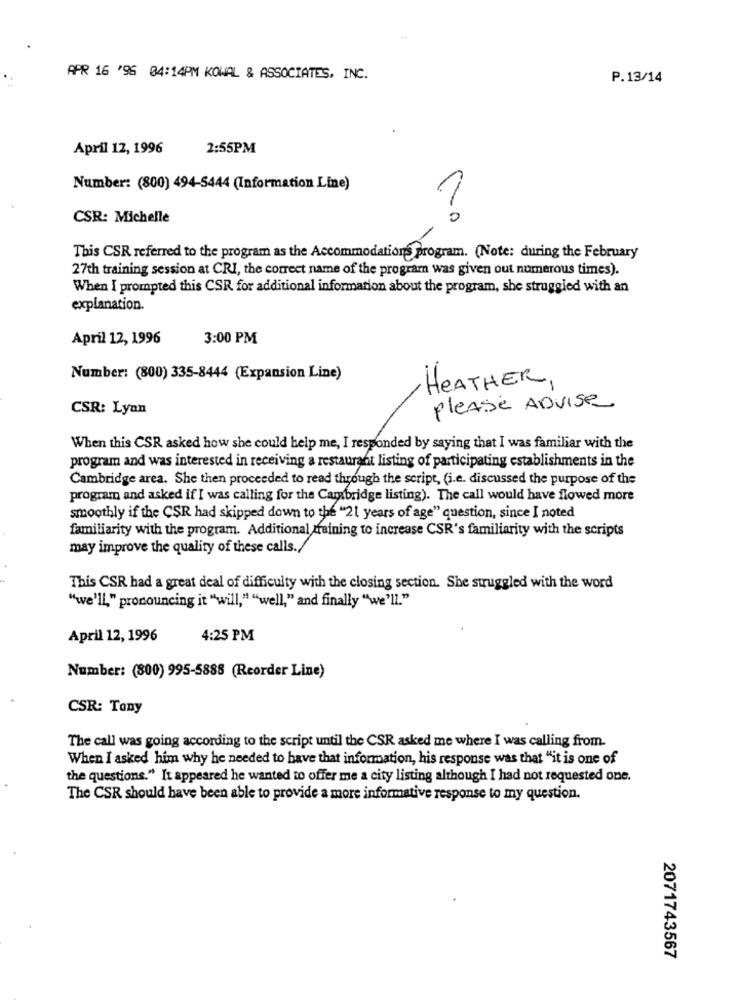
APR 16 '96 04:14PM KOWAL & ASSOCIATES, INC.
P.13/14
April 12, 1996
2:55PM
Number: (800) 494-5444 (Information Line)
CSR: Michelle
This CSR referred to the program as the Accommodations program. (Note: during the February
27th training session at CRI, the correct name of the program was given out numerous times).
When I prompted this CSR for additional information about the program, she struggled with an
explanation.
April 12, 1996
3:00 PM
Number: (800) 335-8444 (Expansion Line)
HEATHER,
CSR: Lyan
please ADVise
When this CSR asked how she could help me, I responded by saying that I was familiar with the
program and was interested in receiving a restaurant listing of participating establishments in the
Cambridge area. She then proceeded to read through the script, (i.e. discussed the purpose of the
program and asked if I was calling for the Cambridge listing). The call would have flowed more
smoothly if the CSR had skipped down to the "21 years of age" question, since I noted
familiarity with the program. Additional training to increase CSR's familiarity with the scripts
may improve the quality of these calls./
This CSR had a great deal of difficulty with the closing section. She struggled with the word
"we'll," pronouncing it "will," "well," and finally "we'll."
April 12, 1996
4:25 PM
Number: (800) 995-5888 (Reorder Line)
CSR: Tony
The call was going according to the script until the CSR asked me where I was calling from.
When I asked him why he needed to have that information, his response was that "it is one of
the questions." It appeared he wanted to offer me a city listing although I had not requested one.
The CSR should have been able to provide a more informative response to my question.
2071743567